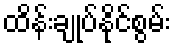
ထိန်းချုပ်နိုင်စွမ်း